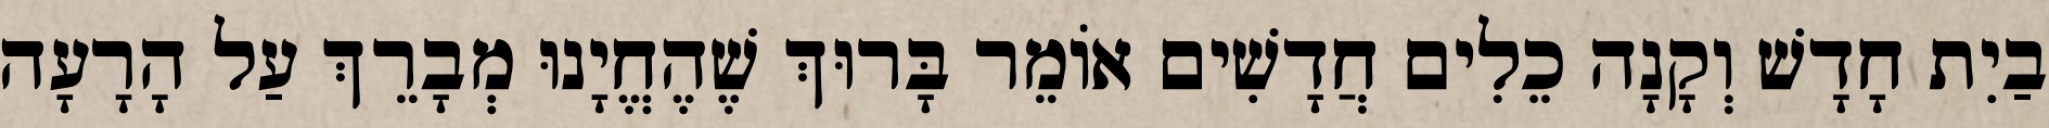
בַיִת חָדָשׁ וְקָנָה כֵלִים חֲדָשִׁים אוֹמֵר בָּרוּךְ שֶׁהֶחֱיָנוּ מְבָרֵךְ עַל הָרָעָה